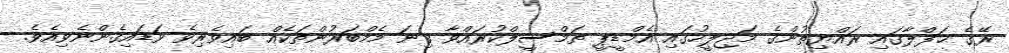
ރޭގެ ޙަފްލާގައި ރައްޔިތުންގެ މަޖިލީހުގައި އެމްޑީޕީ ތަމްސީލްކުރައްވާ ގިނަ މެމްބަރުންތަކެއް ބައިވެރިވެ ވަޑައިގެންނެވިއެވެ.